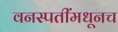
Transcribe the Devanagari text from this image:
वनस्पतींमधूनच